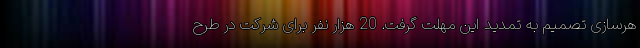
هرسازی تصمیم به تمدید این مهلت گرفت. 20 هزار نفر برای شرکت در طرح